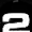
Digit: 2